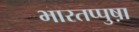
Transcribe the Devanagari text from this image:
भारतप्पुष़ा